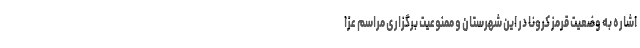
اشاره به وضعیت قرمز کرونا در این شهرستان و ممنوعیت برگزاری مراسم عزا